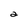
Character: a